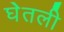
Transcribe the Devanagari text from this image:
घेेतली